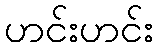
ဟင်းဟင်း